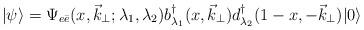
LaTeX: \begin{align*}|\psi\rangle=\Psi_{e\bar{e}}(x,\vec{k}_{\perp};\lambda_1,\lambda_2) b^{\dagger}_{\lambda_1}(x,\vec{k}_{\perp})d^{\dagger}_{\lambda_2}(1-x,-\vec{k}_{\perp})| 0 \rangle\end{align*}